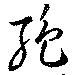
絶